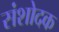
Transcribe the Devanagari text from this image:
संशोदक